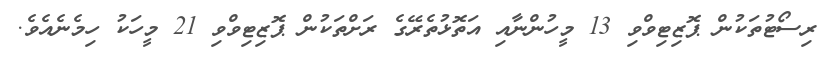
ރިސޯޓުތަކުން ޕޮޒިޓިވްވި 13 މީހުންނާއި އަތޮޅުތެރޭގެ ރަށްތަކުން ޕޮޒިޓިވްވި 21 މީހަކު ހިމެނެއެވެ.